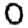
Digit: 0